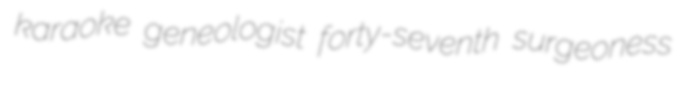
karaoke geneologist forty-seventh surgeoness